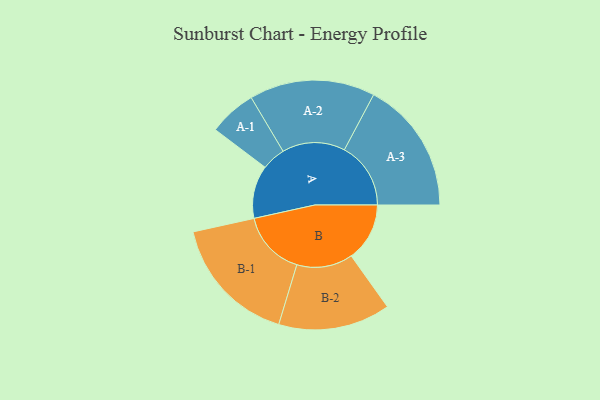
{"axis": {"x": "Segment", "y": "Value"}, "legend": ["", "A", "B"], "data": [{"x": "A", "y": 225, "type": ""}, {"x": "B", "y": 248, "type": ""}, {"x": "A-1", "y": 101, "type": "A"}, {"x": "A-2", "y": 267, "type": "A"}, {"x": "A-3", "y": 282, "type": "A"}, {"x": "B-1", "y": 276, "type": "B"}, {"x": "B-2", "y": 238, "type": "B"}]}